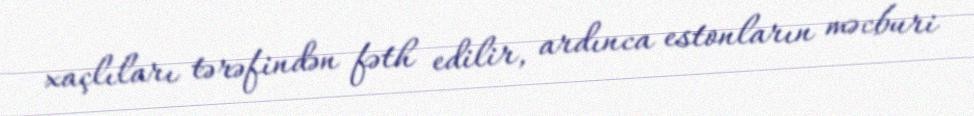
xaçlıları tərəfindən fəth edilir, ardınca estonların məcburi